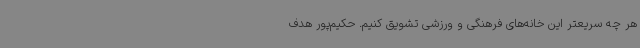
هر چه سریعتر این خانه‌های فرهنگی و ورزشی تشویق کنیم. حکیم‌پور هدف